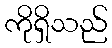
ကိုရှိသည်